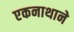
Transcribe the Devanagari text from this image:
एकनाथाने